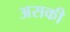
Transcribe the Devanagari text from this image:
असकी